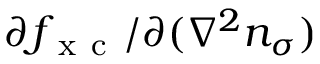
\partial f _ { \mathrm { ~ x ~ c ~ } } / \partial ( \nabla ^ { 2 } n _ { \sigma } )